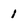
Character: 1